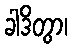
ခါဒိတွာ၊